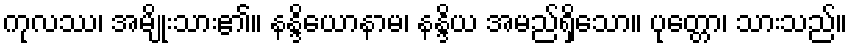
ကုလဿ၊ အမျိုးသား၏။ နန္ဒိယောနာမ၊ နန္ဒိယ အမည်ရှိသော။ ပုတ္တော၊ သားသည်။